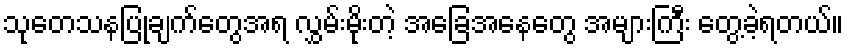
သုတေသနပြုချက်တွေအရ လွှမ်းမိုးတဲ့ အခြေအနေတွေ အများကြီး တွေ့ခဲ့ရတယ်။